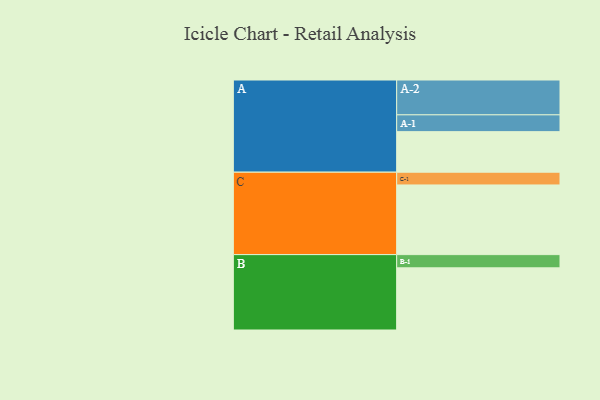
{"axis": {"x": "Segment", "y": "Value"}, "legend": ["", "A", "B", "C"], "data": [{"x": "A", "y": 340, "type": ""}, {"x": "B", "y": 521, "type": ""}, {"x": "C", "y": 584, "type": ""}, {"x": "A-1", "y": 141, "type": "A"}, {"x": "A-2", "y": 292, "type": "A"}, {"x": "B-1", "y": 111, "type": "B"}, {"x": "C-1", "y": 107, "type": "C"}]}